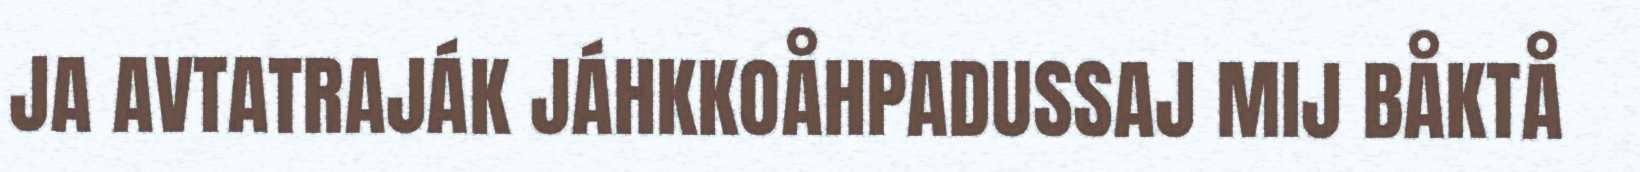
JA AVTATRAJÁK JÁHKKOÅHPADUSSAJ MIJ BÅKTÅ